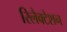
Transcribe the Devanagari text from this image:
रिलैक्टेशन